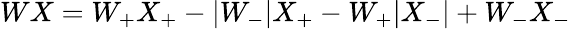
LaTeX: WX=W_{+}X_{+}-|W_{-}|X_{+}-W_{+}|X_{-}|+W_{-}X_{-}